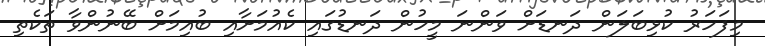
މިފަހަރު ކުޅިބަލަން ދަނޑަށް ވަންނަ މީހުން ދަނޑުގައި ކެއުމަށާއި ބުއިމަށް ބޭނުންވާ ތަކެތި